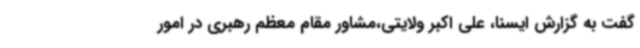
گفت به گزارش ایسنا، علی اکبر ولایتی،مشاور مقام معظم رهبری در امور